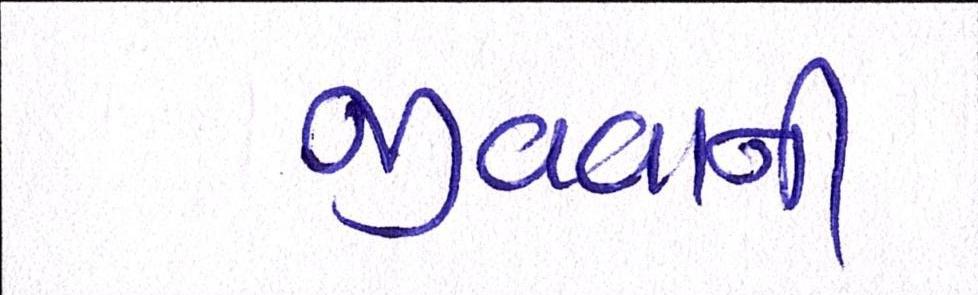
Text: જીવવાની